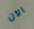
الآن